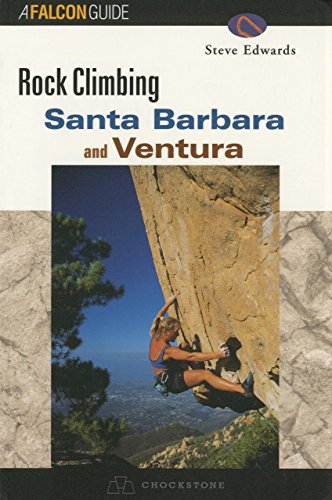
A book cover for Rock Climbing Santa Barbara & Ventura (Regional Rock Climbing Series); Steve Edwards; Sports & Outdoors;